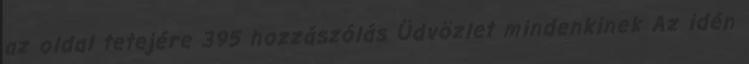
az oldal tetejére 395 hozzászólás Üdvözlet mindenkinek Az idén